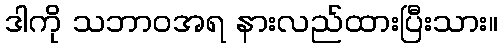
ဒါကို သဘာဝအရ နားလည်ထားပြီးသား။